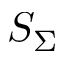
S _ { \Sigma }